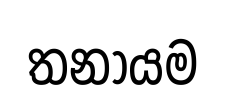
තනායම